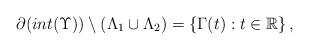
LaTeX: \begin{align*}\partial (int(\Upsilon))\setminus \left(\Lambda_{1}\cup \Lambda_{2}\right)=\left\{\Gamma (t): t\in \mathbb{R}\right\},\end{align*}